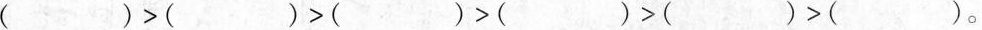
( )>( )>( )>( )>( )>( )。